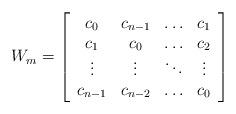
LaTeX: \begin{align*} W_m=\left[ \begin{array}{cccc} c_0 & c_{n-1} & \ldots & c_1 \\ c_{1} & c_0 & \ldots & c_2 \\ \vdots & \vdots & \ddots & \vdots \\ c_{n-1} & c_{n-2} & \ldots & c_0 \\ \end{array} \right]\end{align*}